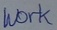
Text: Work